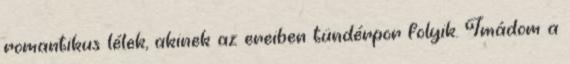
romantikus lélek, akinek az ereiben tündérpor folyik. Imádom a